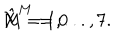
\hat { X } ^ { M } = 0 \hspace { 1 c m } M = 1 , . . . , 7 .